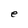
Character: e